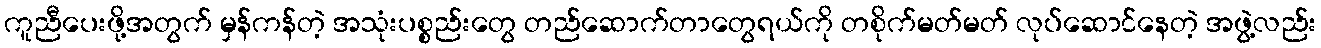
ကူညီပေးဖို့အတွက် မှန်ကန်တဲ့ အသုံးပစ္စည်းတွေ တည်ဆောက်တာတွေရယ်ကို တစိုက်မတ်မတ် လုပ်ဆောင်နေတဲ့ အဖွဲ့လည်း